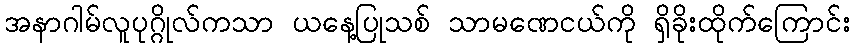
အနာဂါမ်လူပုဂ္ဂိုလ်ကသာ ယနေ့ပြုသစ် သာမဏေငယ်ကို ရှိခိုးထိုက်ကြောင်း